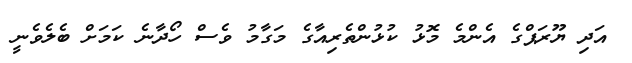
އަދި ޔޫރަޕްގެ އެންމެ މޮޅު ކުޅުންތެރިއާގެ މަގާމު ވެސް ހޯދާނެ ކަމަށް ބެލެވެނީ